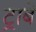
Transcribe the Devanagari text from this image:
ट्राबे